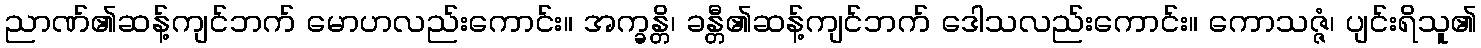
ညာဏ်၏ဆန့်ကျင်ဘက် မောဟလည်းကောင်း။ အက္ခန္တိ၊ ခန္တီ၏ဆန့်ကျင်ဘက် ဒေါသလည်းကောင်း။ ကောသဇ္ဇံ၊ ပျင်းရိသူ၏